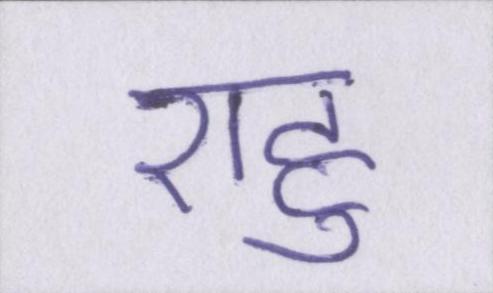
राहु